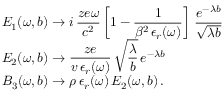
\begin{array} { l } { \displaystyle E _ { 1 } ( \omega , b ) \rightarrow i \, \frac { z e \omega } { c ^ { 2 } } \left[ 1 - \frac { 1 } { \beta ^ { 2 } \, \epsilon _ { r } ( \omega ) } \right] \, \frac { e ^ { - \lambda b } } { \sqrt { \lambda b } } } \\ { \displaystyle E _ { 2 } ( \omega , b ) \rightarrow \frac { z e } { v \, \epsilon _ { r } ( \omega ) } \, \sqrt { \frac { \lambda } { b } } \, e ^ { - \lambda b } } \\ { \displaystyle B _ { 3 } ( \omega , b ) \rightarrow \rho \, \epsilon _ { r } ( \omega ) \, E _ { 2 } ( \omega , b ) \, . } \end{array}